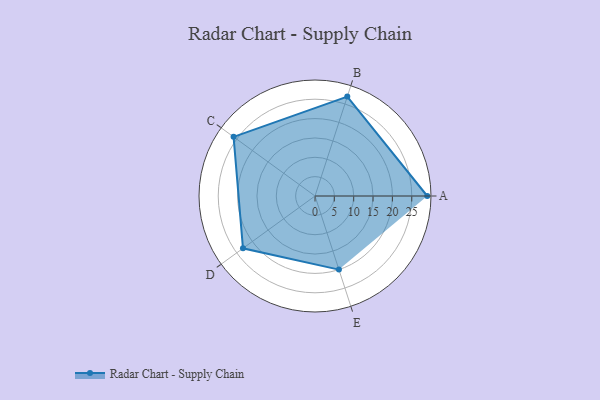
{"axis": {"x": "Skill", "y": "Score"}, "legend": ["Profile"], "data": [{"x": "A", "y": 29.0, "type": "Profile"}, {"x": "B", "y": 27.0, "type": "Profile"}, {"x": "C", "y": 26.0, "type": "Profile"}, {"x": "D", "y": 23.0, "type": "Profile"}, {"x": "E", "y": 20, "type": "Profile"}]}